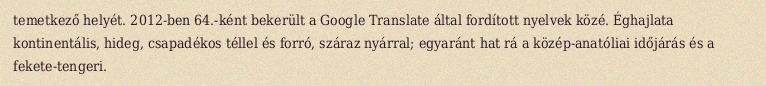
temetkező helyét. 2012-ben 64.-ként bekerült a Google Translate által fordított nyelvek közé. Éghajlata kontinentális, hideg, csapadékos téllel és forró, száraz nyárral; egyaránt hat rá a közép-anatóliai időjárás és a fekete-tengeri.